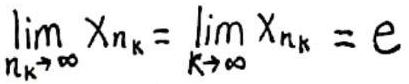
\[\lim_{n_k\rightarrow\infty}x_{n_k}=\lim_{k\rightarrow\infty}x_{n_k}=e\]